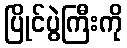
ပြိုင်ပွဲကြီးကို